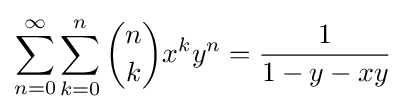
\sum _{n=0}^{\infty }\sum _{k=0}^{n}{n \choose k}x^{k}y^{n}={\frac {1}{1-y-xy}}